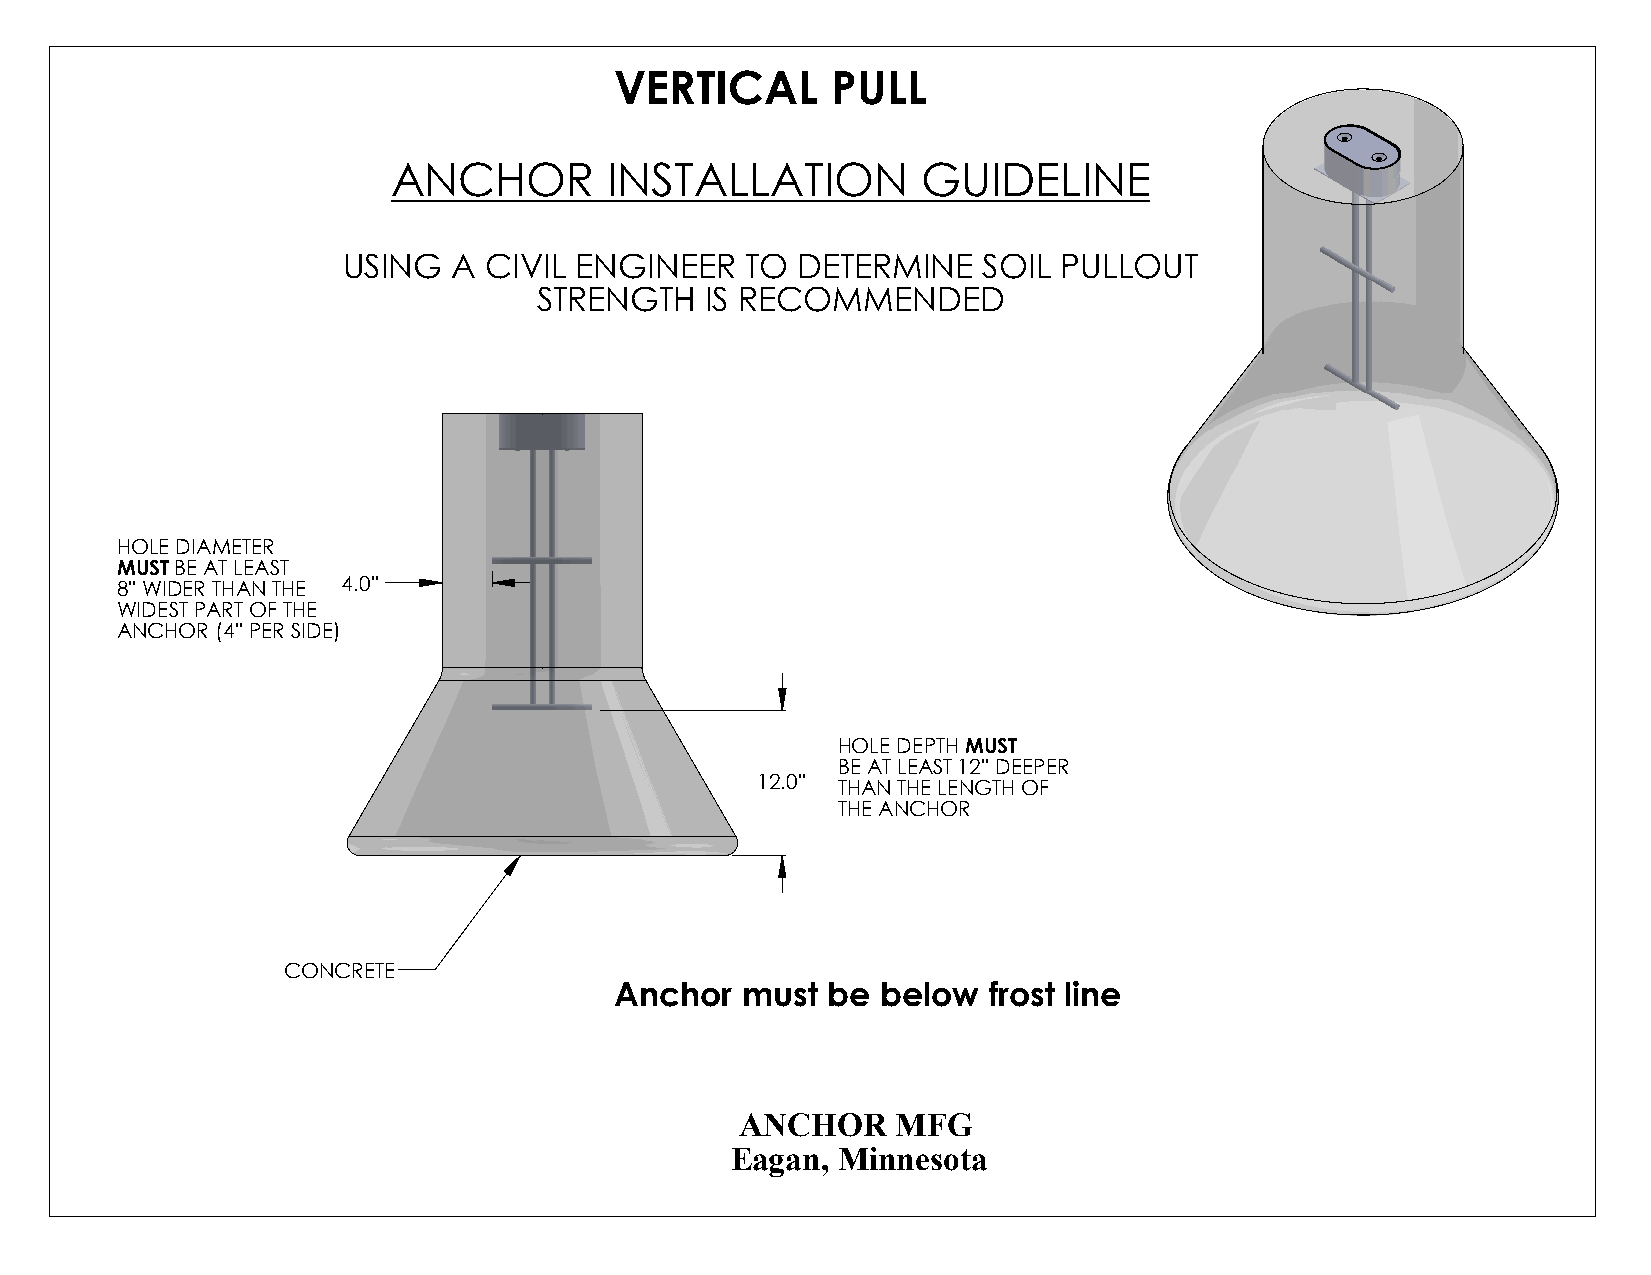
VERTICAL      PULL
 ANCHOR        INSTALLATION         GUIDELINE
 USING  A CIVIL ENGINEER   TO  DETERMINE   SOIL PULLOUT
 STRENGTH   IS RECOMMENDED
 HOLE DIAMETER
 MUST BE AT LEAST
 8'' WIDER THAN THE 4.0''
 WIDEST PART OF THE
 ANCHOR (4'' PER SIDE)
 HOLE DEPTH MUST
 BE AT LEAST 12'' DEEPER
 12.0'' THAN THE LENGTH OF
 THE ANCHOR
 CONCRETE
 Anchor  must  be below  frost line
 ANCHOR    MFG
 Eagan, Minnesota